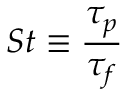
S t \equiv \frac { \tau _ { p } } { \tau _ { f } }